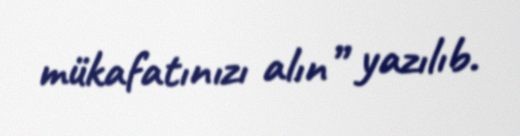
mükafatınızı alın” yazılıb.